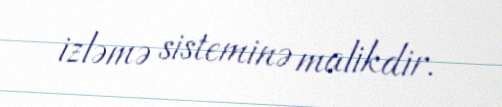
izləmə sisteminə malikdir.